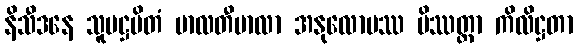
နိသီဒနေ သူပဋ္ဌပိတံ မာလတီမာလာ အနုလောမဿ မိဿတ္တာ ကိလိဋ္ဌတာ